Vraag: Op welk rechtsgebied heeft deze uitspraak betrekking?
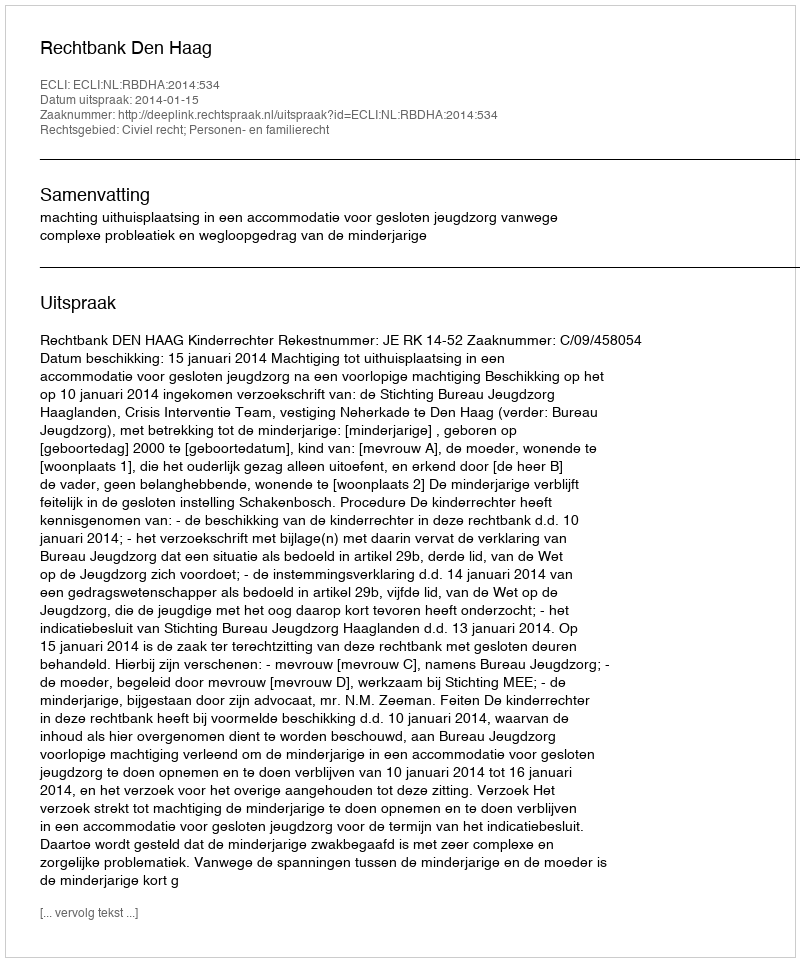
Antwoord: Civiel recht; Personen- en familierecht